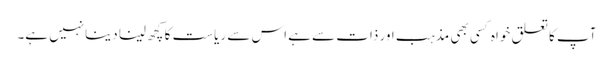
آپ کا تعلق خواہ کسی بھی مذہب اور ذات سے ہے اس سے ریاست کا کچھ لینا دینانہیں ہے۔